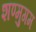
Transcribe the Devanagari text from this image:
शण्मुगम